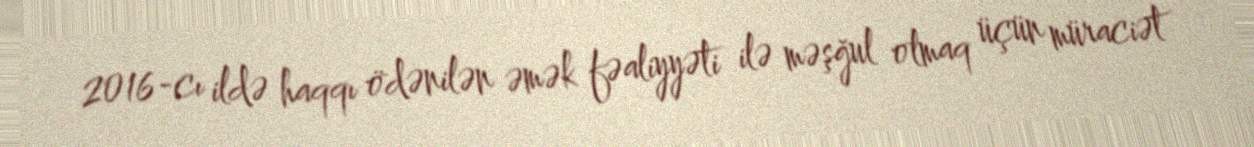
2016-cı ildə haqqı ödənilən əmək fəaliyyəti ilə məşğul olmaq üçün müraciət